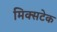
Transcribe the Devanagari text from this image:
मिक्सटेक